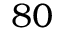
8 0